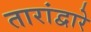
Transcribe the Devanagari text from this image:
तारांद्वारे